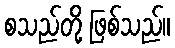
စသည်တို့ ဖြစ်သည်။